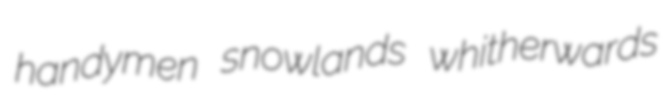
handymen snowlands whitherwards